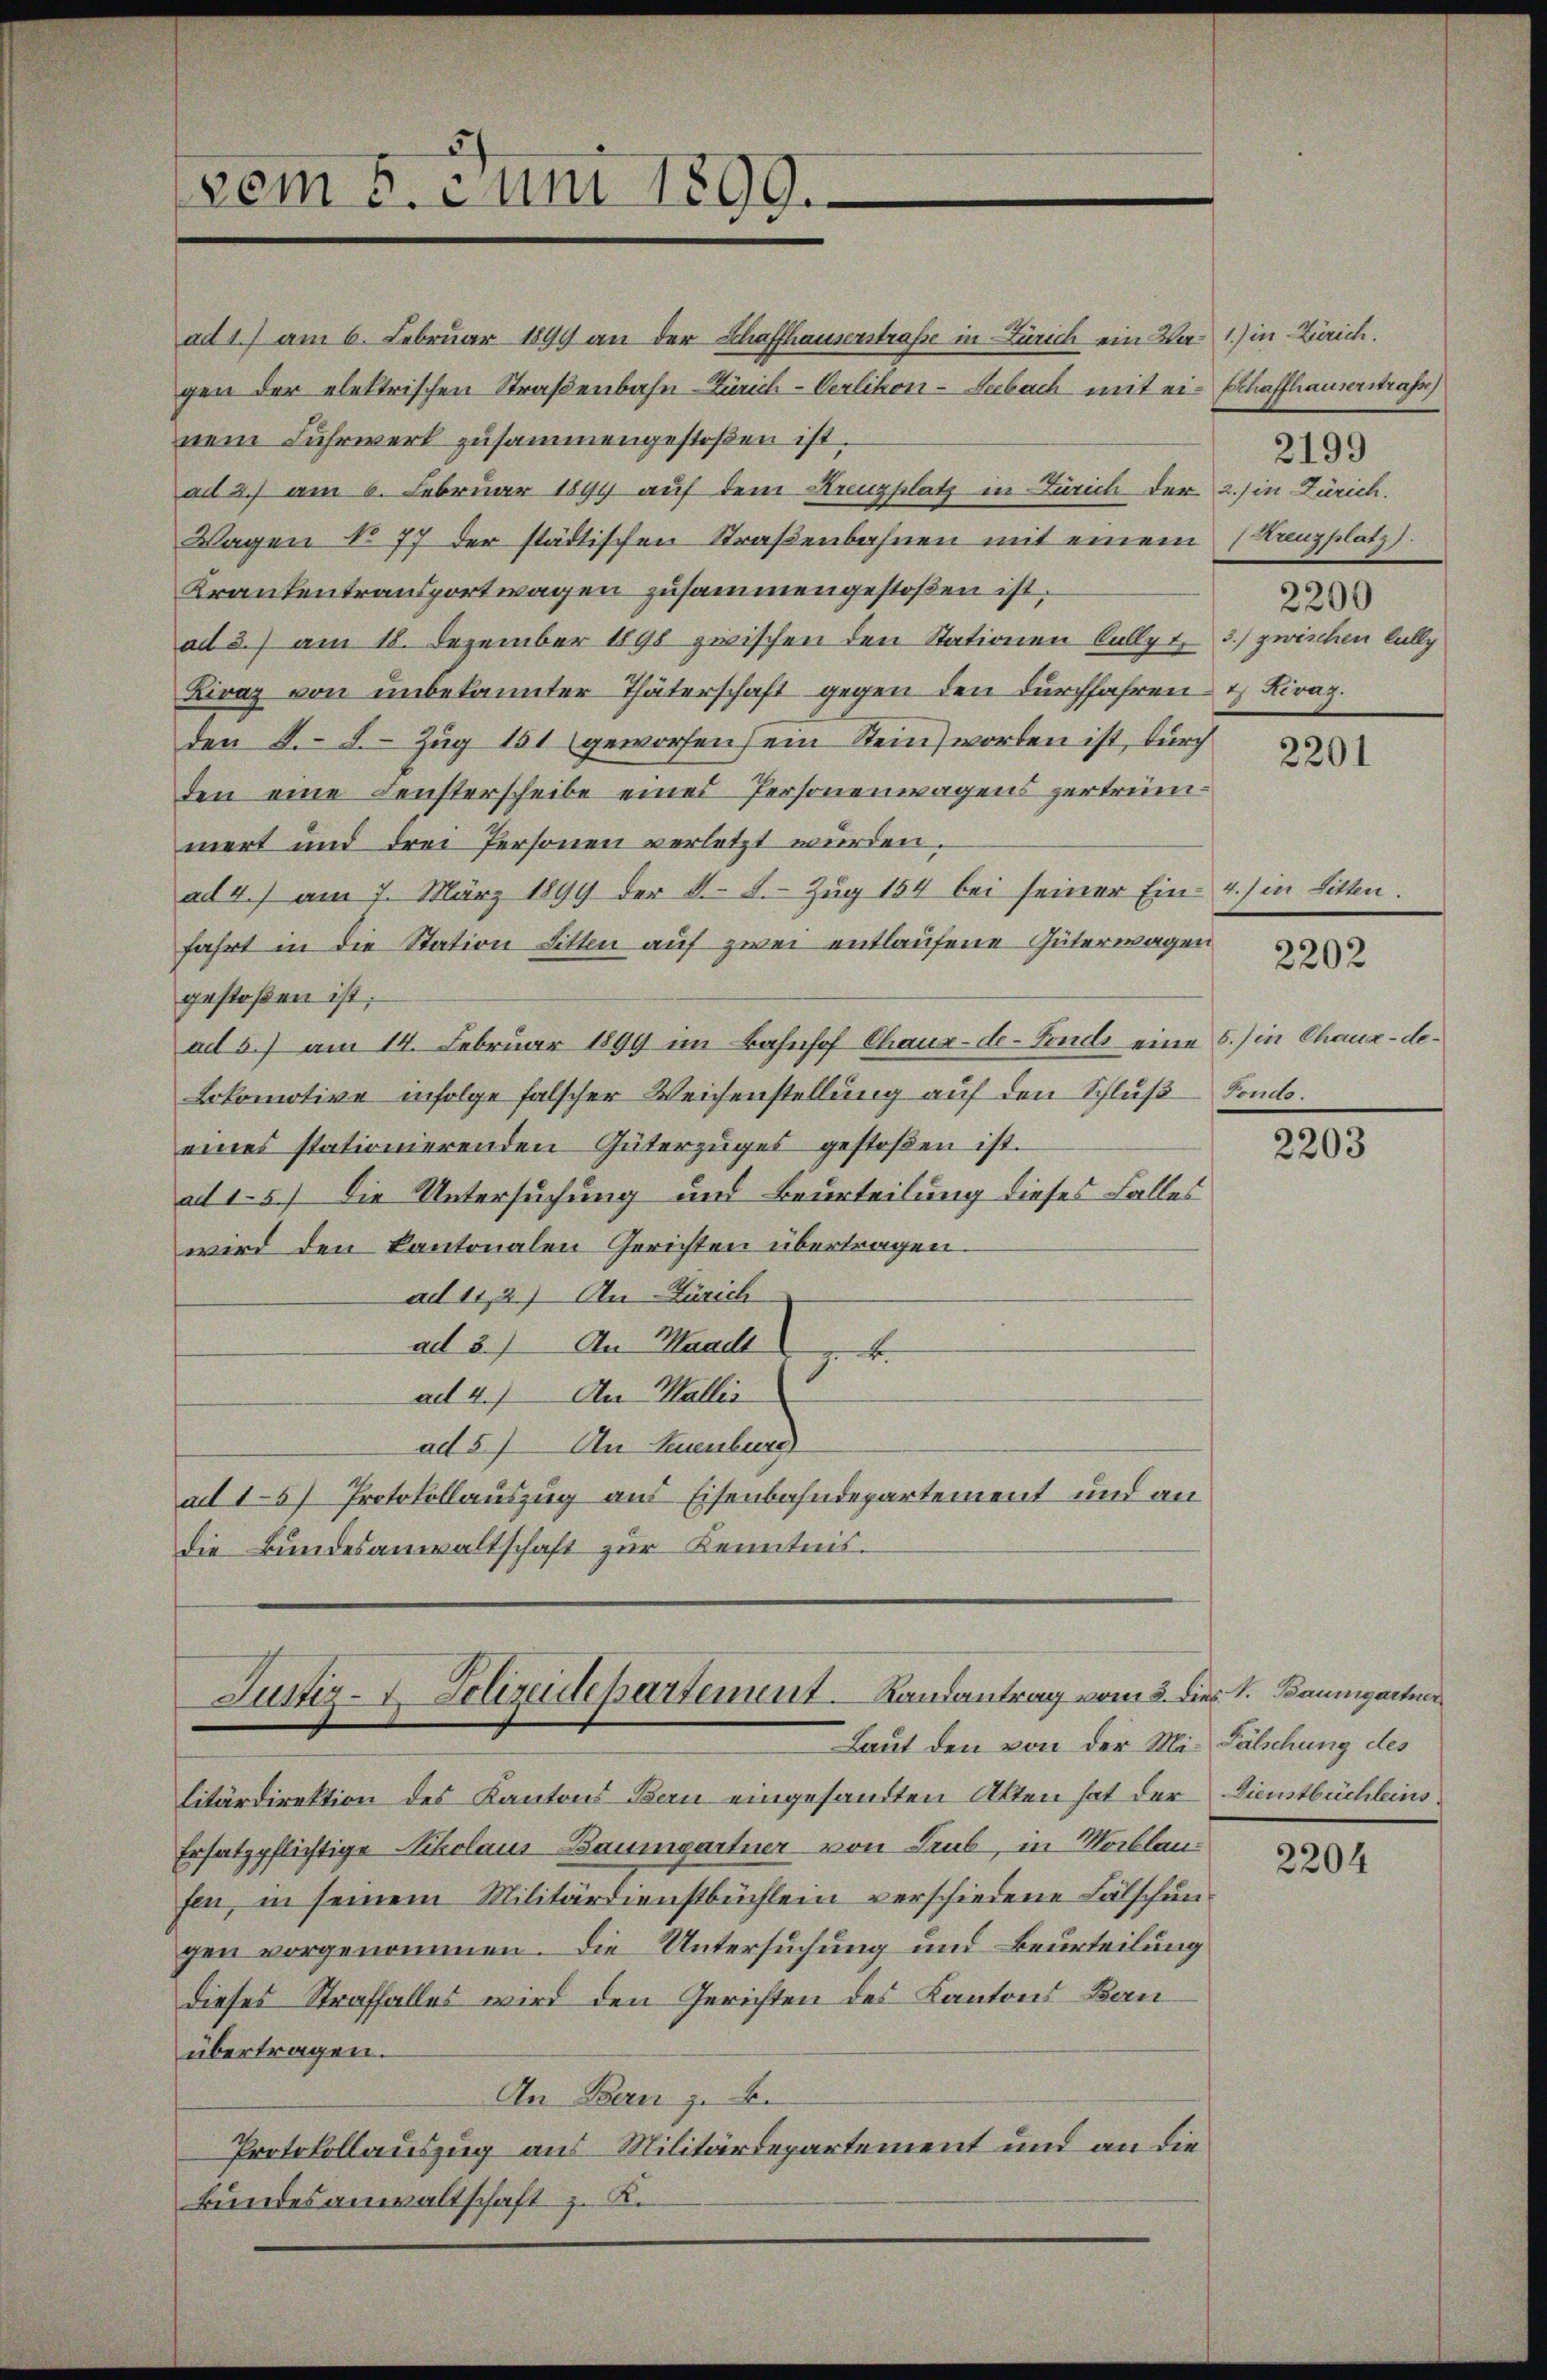
vom 5. Juni 1899.

ad 1.) am 6. Februar 1899 an der Schaffhauserstraße in Zürich ein Wa- 1) in Zürich.
gen der elektrischen Straßenbahn-Zürich-Verlikon-Seebach mit ein Schaffhauser wahr
nem Fuhrwerk zusammengestoßen ist.
ad 2.) am 6. Februar 1899 auf dem Krenzplatz in Zürich der 2.) in Zürich.
Wagen No 77 der städtischen Straßenbahnen mit einem Kanzplatz).
Krantentransportwagen zusammengestoßen ist.
ad 3.) am 18. Dezember 1890 zwischen den Stationen Cullyt 3.) zwischen lally
Lirag von unbekannter Thäterschaft gegen den durchfahren Kiraz.
den 8. d. Zug 151 (geworfen (ein Stein worden ist, durch
den eine Fensterscheibe eines Personenwagens zertrümnert und drei Personen verletzt wurden.
ad 4.) am 7. März 1899 der K. A. Zŭg 154 bei seiner Ein- 4.) in Litten.
fahrt in die Station Litten auf zwei entlaufene Güterwagen
gestoßen ist;
ad 5. am 14. Februar 1899 im Bahnhof Chaux-de-Fonds eine 5.) in Chaux-de¬
Lokomotive infolge falscher Weichenstellung auf den Schluß Fonds.
eines stationierenden Güterzŭges gestoßen ist.
ad 1.5) Die Untersuchung und Beurteilung dieses Falles
wird den kantonalen Gerichten übertragen.
ad 112) An Zürich
ad 2.) An Waadt
ad 4.) An Wallis
ad 57 An Geburg
ad 15) Protokollauszug aus Eisenbahndepartement und andie Bundesanwaltschaft zur Kenntnis.

Justiz- & Polizeidepartement. Landantrag vom 2. dies. S. Baumgartner
Laut den von der Mi¬ Fälschung des

litärdirektion des Kantons Bau eingesandten Akten hat der Dienstbüchleins.
Ersatzpflichtige Nikolaus Baumgartner von Trub, in Nablanfen, in seinem Militärdienstbüchlein verschiedene Fälschun
gen vorgenommen. Die Untersuchung und Beurteilung
dieses Straffalles wird den Gerichten des Kantons Bauübertragen.
In Bern z. B.
Protokollauszug aus Militärdepartement und an die
kundesanwaltschaft z. K.

2199
2200

2201

2202

2203

2204